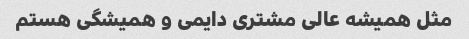
مثل همیشه عالی مشتری دایمی و همیشگی هستم